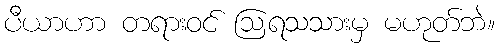
ပီယာဟာ တရားဝင် ဩရသသားမှ မဟုတ်ဘဲ။